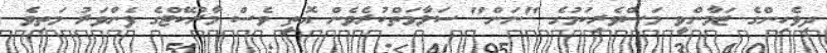
ދިވެހިންގެ ޒަމާންވީ މަސްވެރިކަމުގެ "ނަން" ސަލާމަތްކުރެވެން އޮތީ ވެސް މާރުކޭޓްގެ ފެންވަރު މަތިވެ